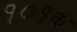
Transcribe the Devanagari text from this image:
१०१वां